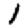
Digit: 1